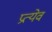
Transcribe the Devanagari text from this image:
प्रत्येवं